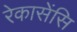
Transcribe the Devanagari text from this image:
रेकासेंसि